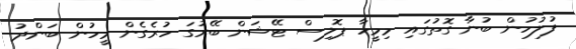
ފުލުހުން ބުނާ ގޮތުގައި މިމީހާ ޕޮލިސް ޓޭޝަން ބޭރުގަ ހުރެގެން މީހުން ބަންދު